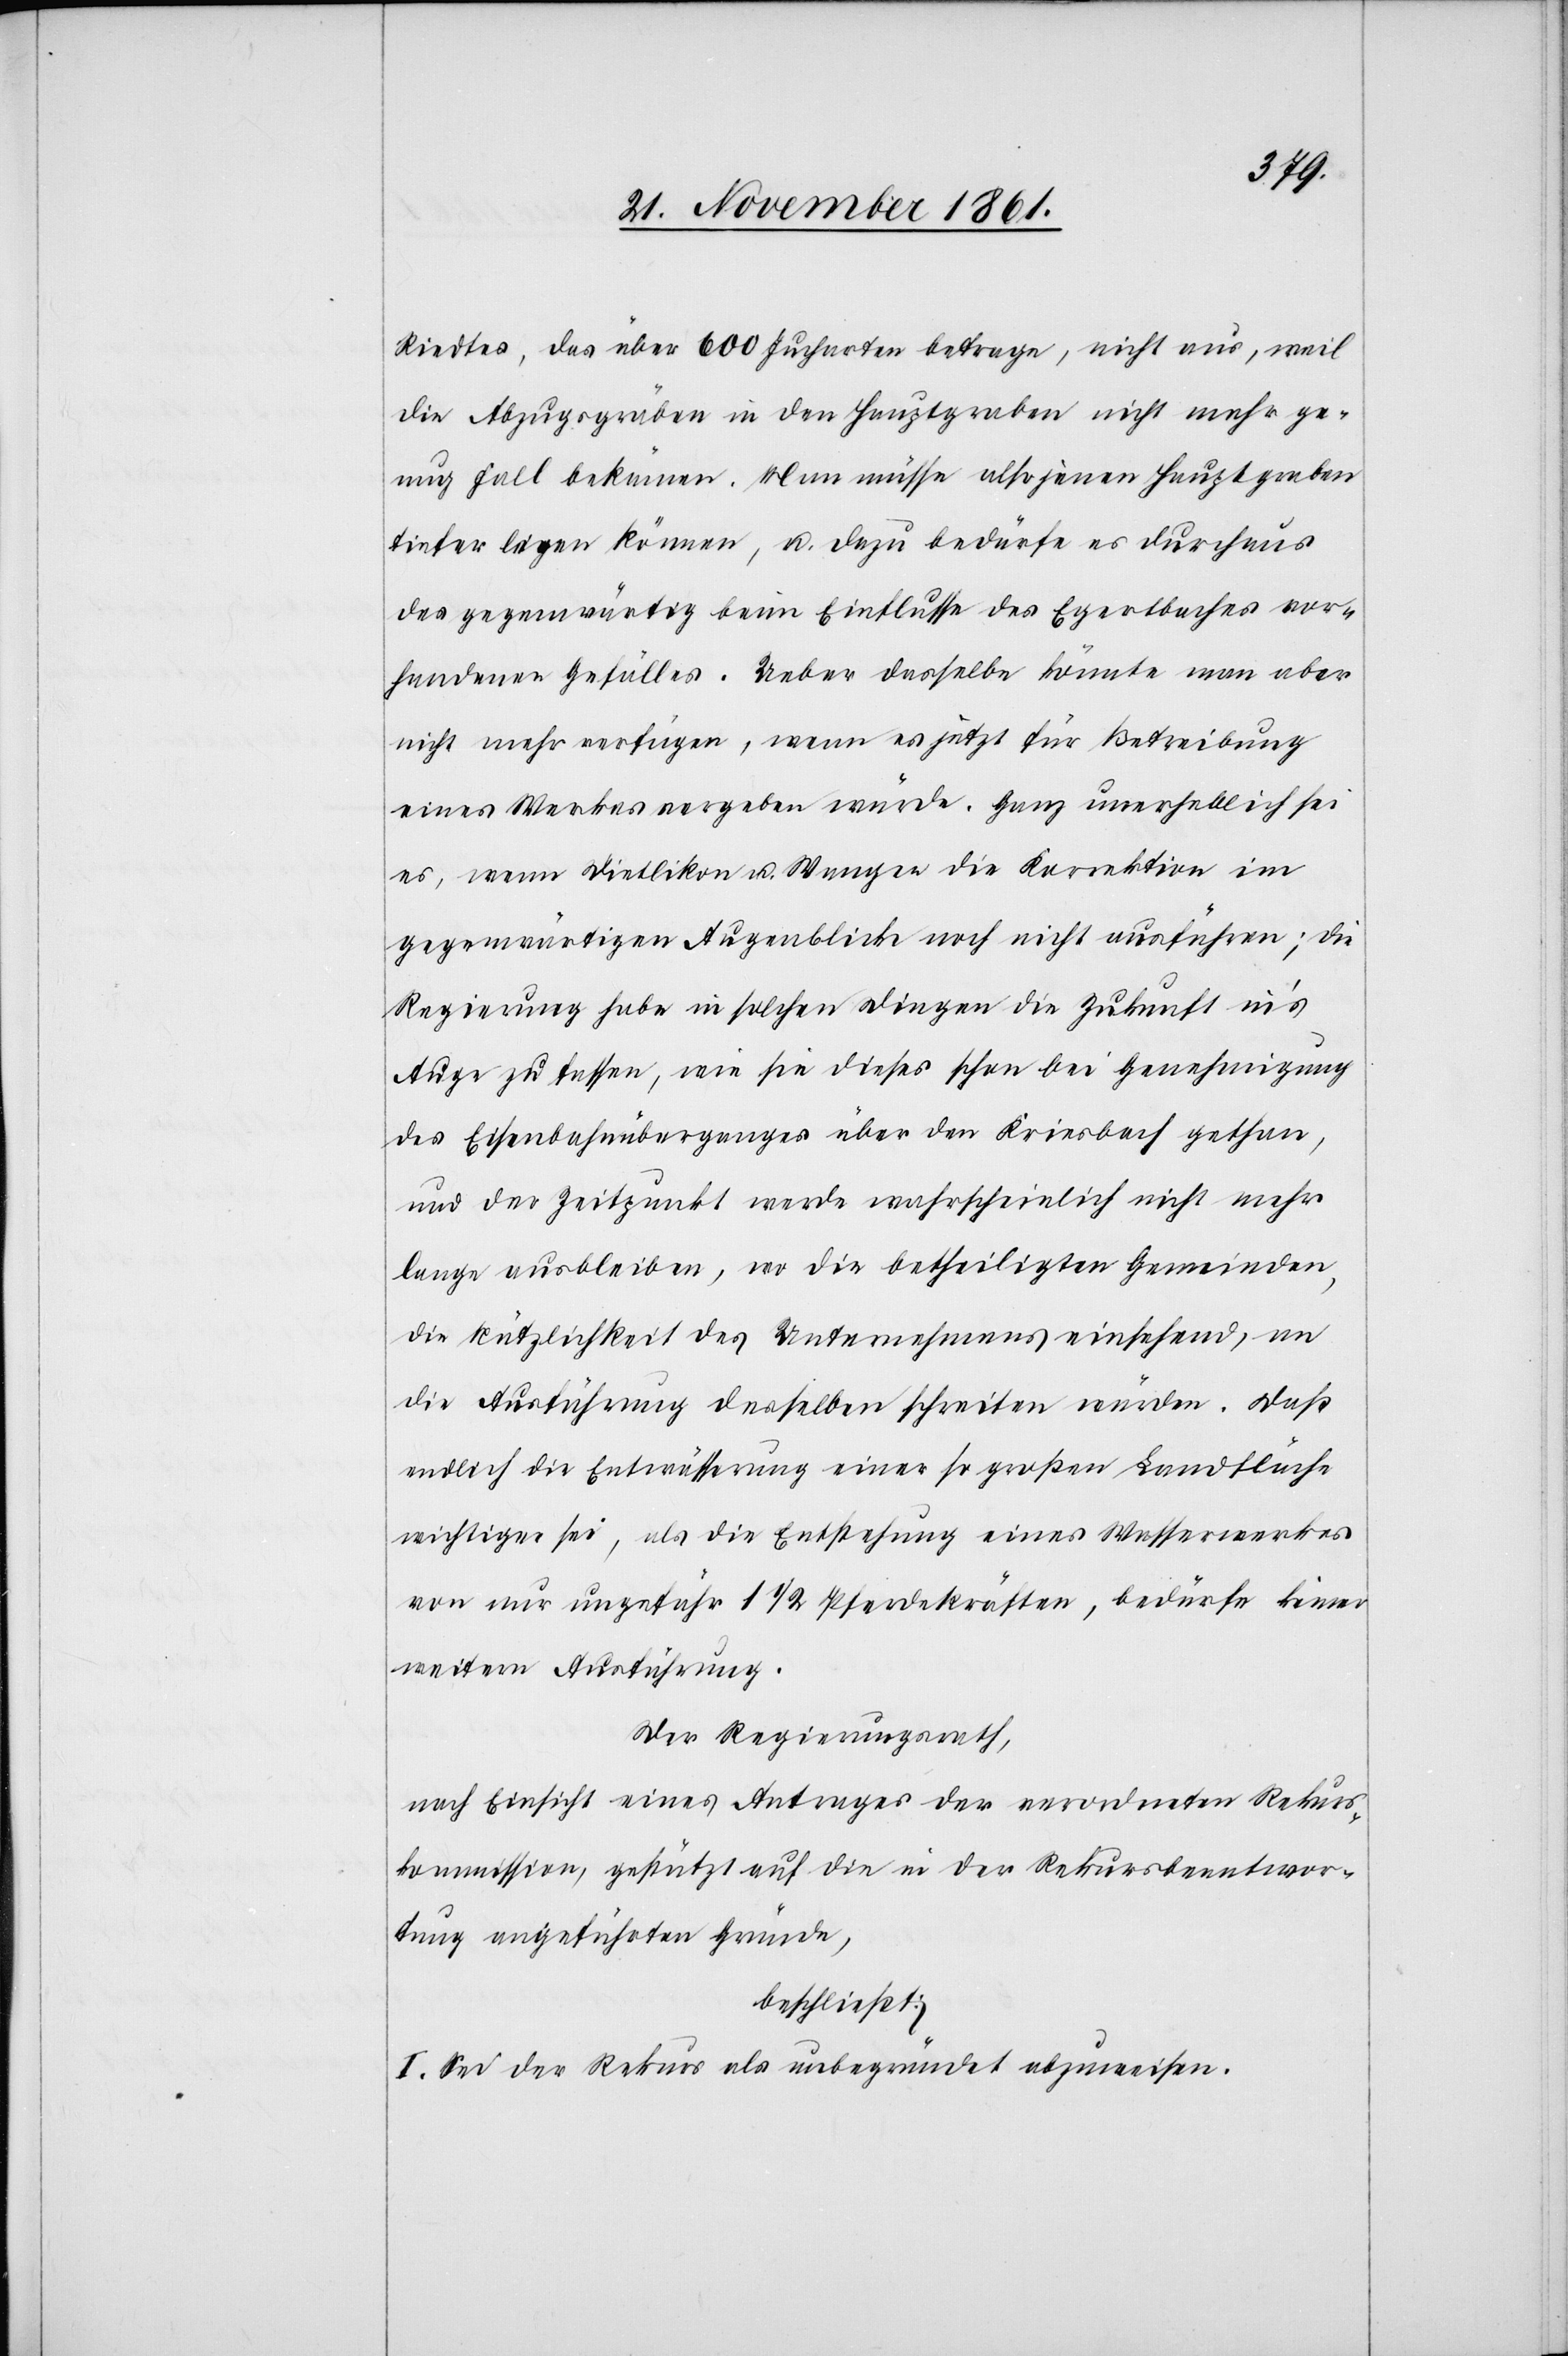
Riedtes, das über 600 Jucharten betrage, nicht aus, weil
die Abzuggräben in den Hauptgraben nicht mehr ge¬
nug Fall bekämen. Man müsse also jenen Hauptgraben
tiefer legen können, u. dazu bedürfe es durchaus
des gegenwärtig beim Einflusse des Egertbaches vor¬
handenen Gefälles. Ueber dasselbe könnte man aber
nicht mehr verfügen, wenn es jetzt für Betreibung
eines Werkes vergeben würde. Ganz unerheblich sei
es, wenn Dietlikon u. Wangen die Korrektion im
gegenwärtigen Augenblicke noch nicht ausführen; die
Regierung habe in solchen Dingen die Zukunft in’s
Auge zu fassen, wie sie dieses schon bei Genehmigung
des Eisenbahnüberganges über den Kriesbach gethan,
und der Zeitpunkt werde wahrscheinlich nicht mehr
lange ausbleiben, wo die betheiligten Gemeinden,
die Nützlichkeit des Unternehmens einsehend, an
die Ausführung desselben schreiten würden. Daß
endlich die Entwässerung einer so großen Landfläche
wichtiger sei, als die Entstehung eines Wasserwerkes
von nur ungefähr 1 1/2 Pferdekräften, bedürfe keiner
weitern Ausführung.
Der Regierungsrath,
nach Einsicht eines Antrages der verordneten Rekurs¬
kommission, gestützt auf die in der Rekursbeantwor¬
tung angeführten Gründe,
beschließt:
I. Sei der Rekurs als unbegründet abzuweisen.